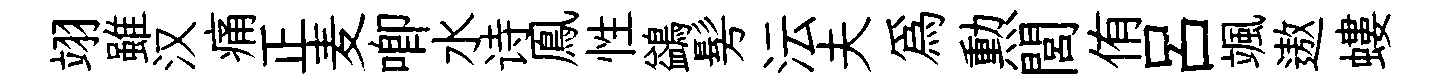
翊雖汉痛正麦唧水诗鳯性鷁髣沄夫爲勲閭侑呂颯遨螻